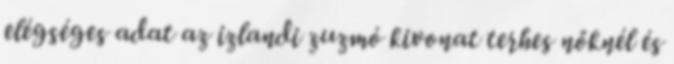
elégséges adat az izlandi zuzmó kivonat terhes nőknél és